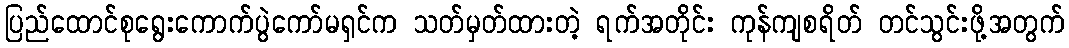
ပြည်ထောင်စုရွေးကောက်ပွဲကော်မရှင်က သတ်မှတ်ထားတဲ့ ရက်အတိုင်း ကုန်ကျစရိတ် တင်သွင်းဖို့အတွက်